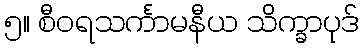
၅။ စီဝရသင်္ကာမနီယ သိက္ခာပုဒ်